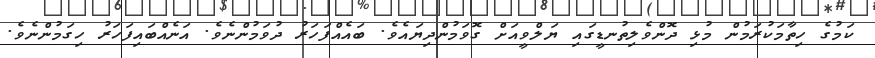
ކަމުގެ ހިތާމަކުރަމުން މުޅި ދޮންވެލިތުނޑީގައި ޔަލްވީއަށް ގޮވަމުންދިޔައެވެ. ބައެއްފަހަރު ދުވަމުންނެވެ. އަނެއްބައިފަހަރު ހިގަމުންނެވެ.